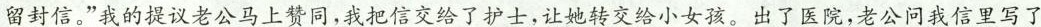
留封信。”我的提议老公马上赞同，我把信交给了护士，让她转交给小女孩。出了医院，老公问我信里写了